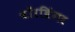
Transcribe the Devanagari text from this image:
वॉरब्रिंगर